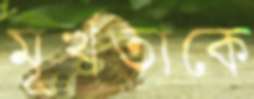
মূর্খতাকে